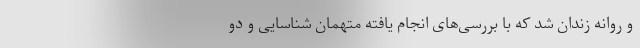
و روانه زندان شد که با بررسی‌های انجام یافته متهمان شناسایی و دو